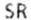
SR